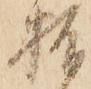
指